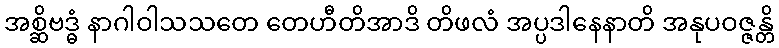
အစ္ဆိဗဒ္ဓံ နာဂါဝါသသတေ တေဟီတိအာဒိ တိဖလံ အပ္ပဒါနေနာတိ အနုပဝဇ္ဇန္တိ